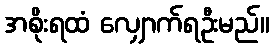
အစိုးရထံ လျှောက်ရဦးမည်။